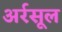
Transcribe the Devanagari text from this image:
अर्रसूल